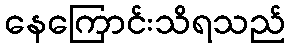
နေကြောင်းသိရသည်